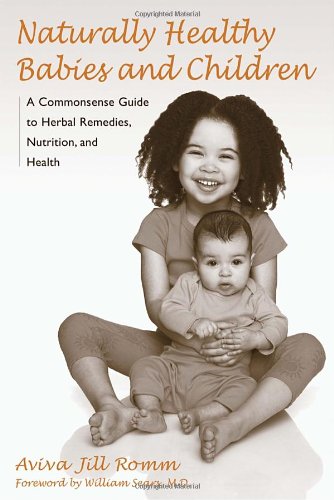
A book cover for Naturally Healthy Babies and Children: A Commonsense Guide to Herbal Remedies, Nutrition, and Health; Aviva Jill Romm; Health, Fitness & Dieting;